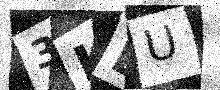
Text: 3KLU